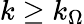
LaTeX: k\geq k_{\Omega}